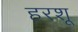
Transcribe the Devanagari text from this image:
हरशू